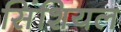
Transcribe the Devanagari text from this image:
सिंशियल